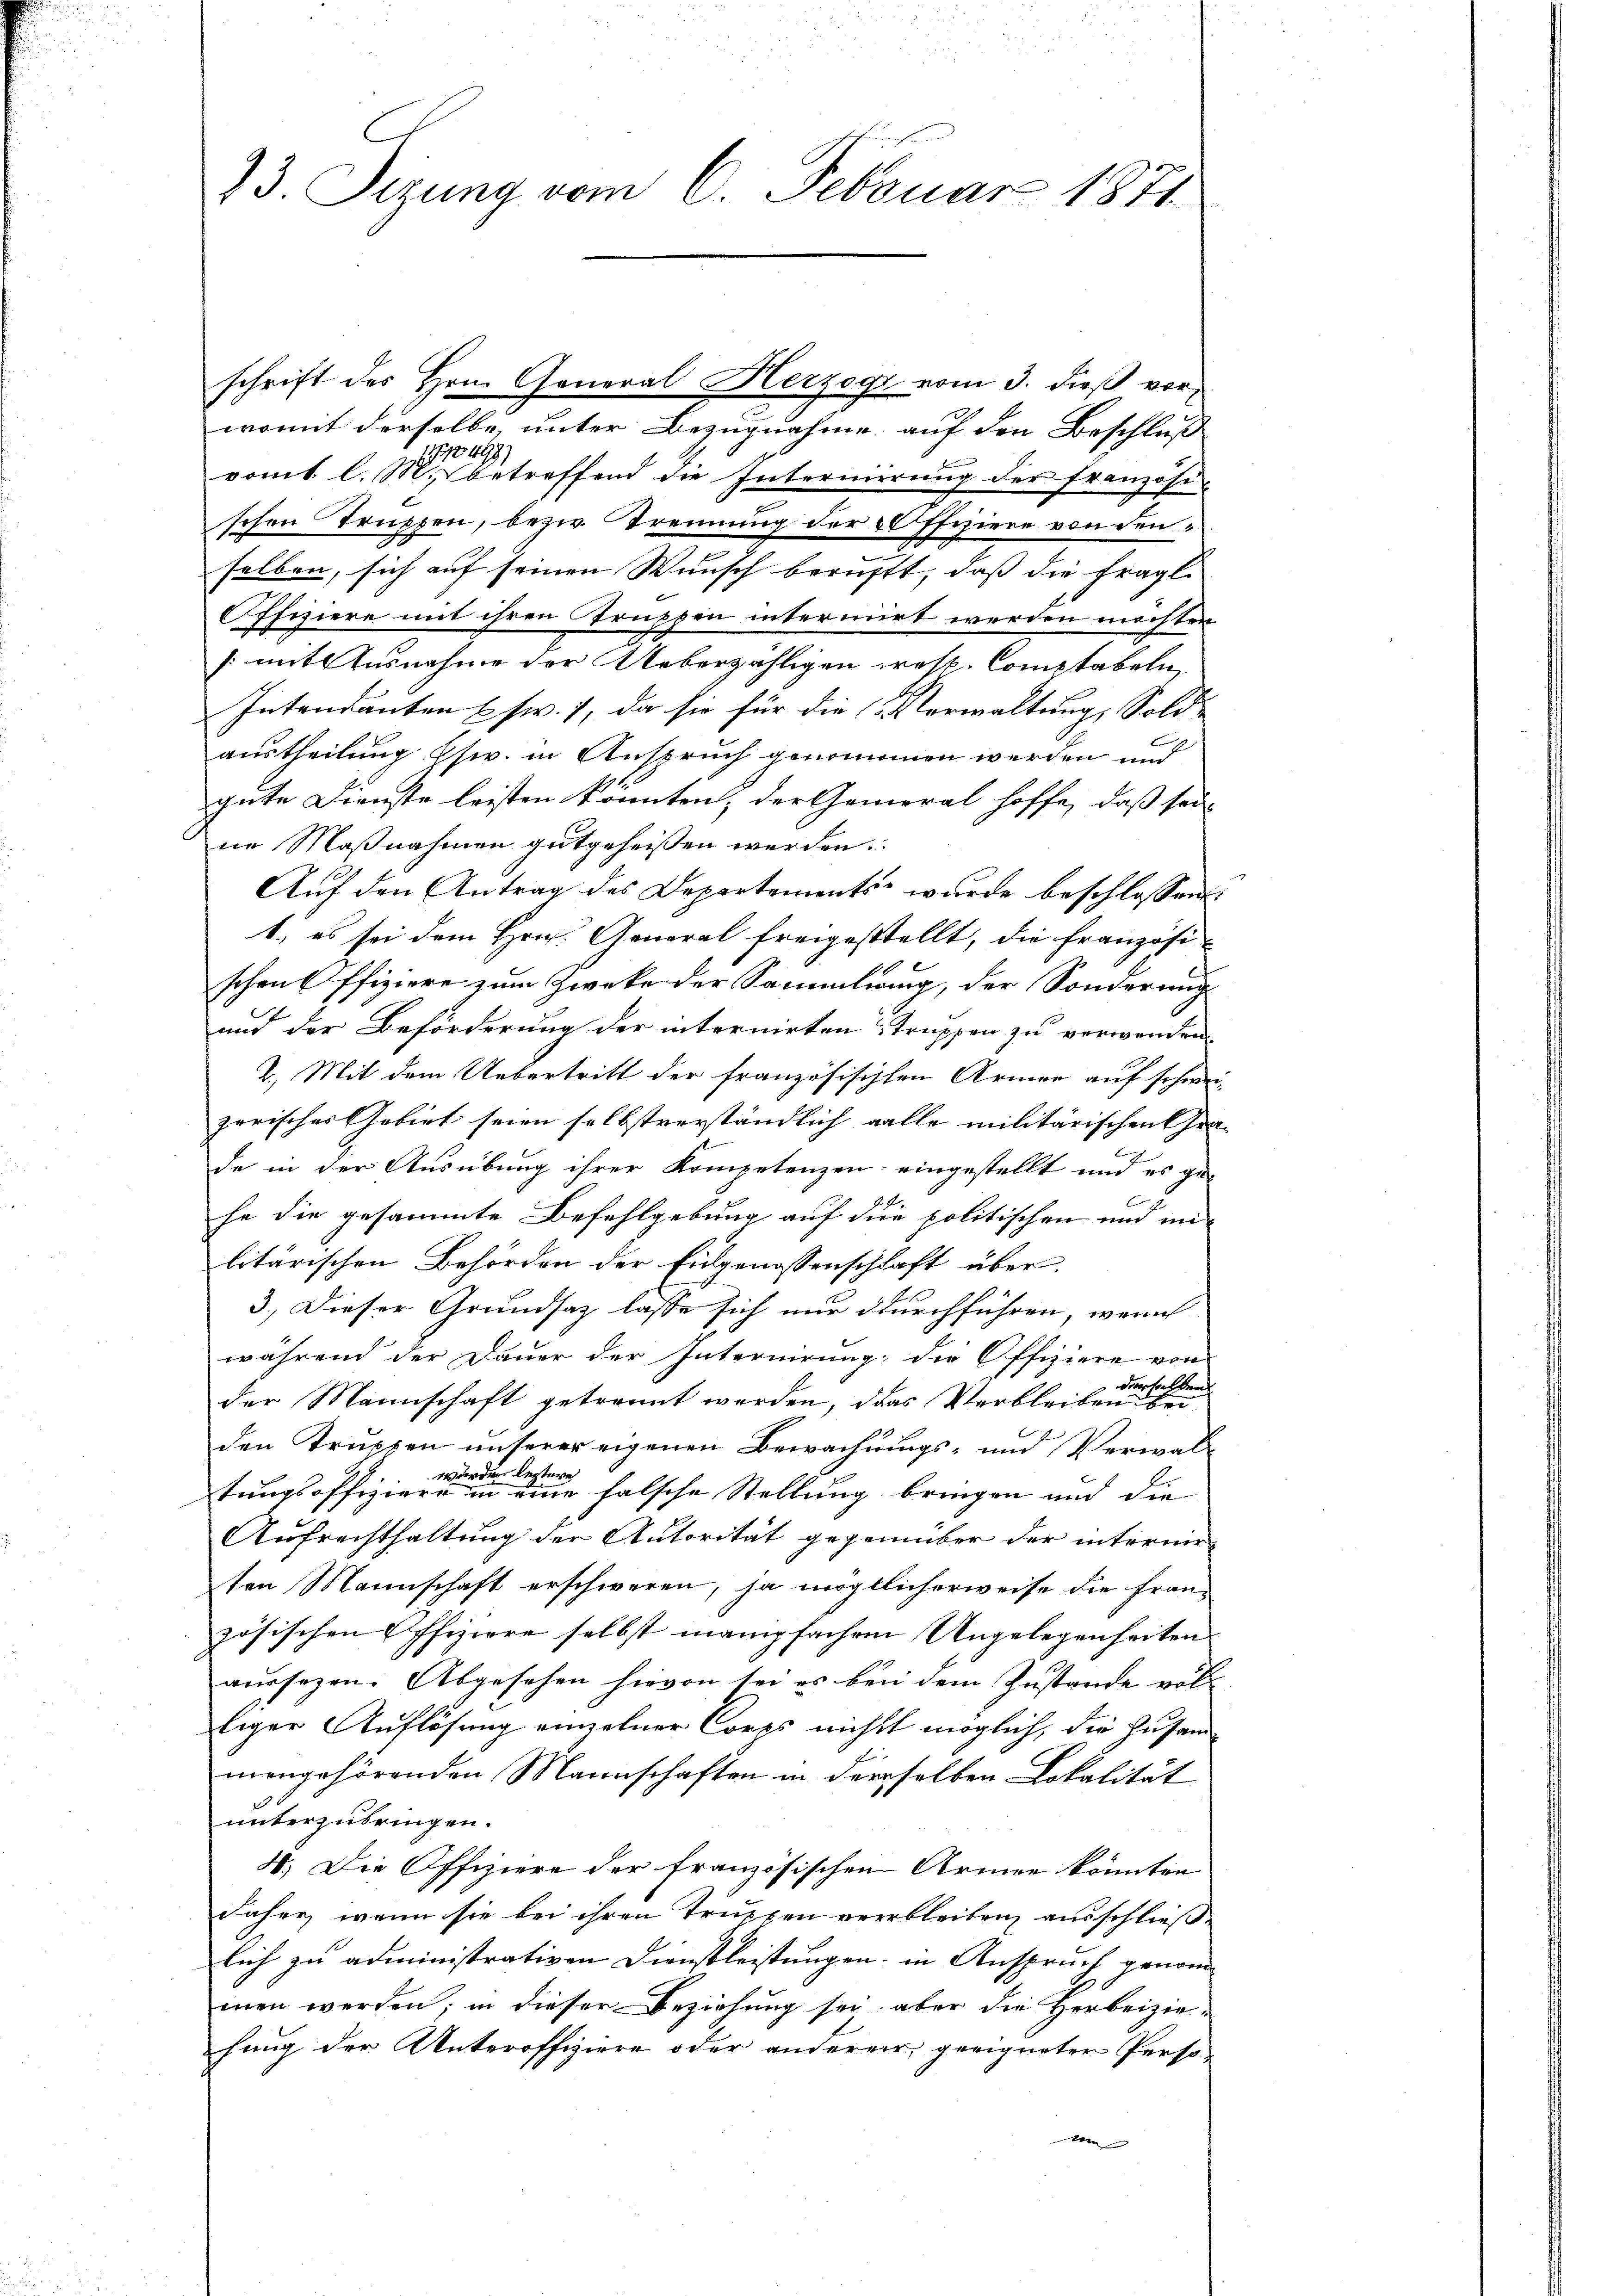
73. Sizung vom 6. Februar 1871

womit derselbe, unter Bezugnahme auf den Beschluß
1/10 499
vomt l. M. betreffend die Internierung der französi
schen Truppen, bezw. Trennung der Offiziere von denselben, sich auf seinen Wunsch beruht, daß die fragl.
Offiziere mit ihren Truppen intermirt werden möchten
s mit Ausnahme der Ueberzähligen resp. Comptabeln,
Intendanten usw. 7, da sie für die Verwaltung, Sold
austheilung Esw. in Anspruch genommen werden und
gute Dienste leisten könnten, der General hoffe, daß sein
ne Maßnahmen gutgeheissen werden.
Auf den Antrag des Departements wurde beschlossen:
1., es sei dem Hrn. General freigestellt, die französi-
schenk ffiziere zum Zwecke der Sammlung, der Sonderung
und der Beförderung der internirten Truppen zu verwenden
2.) Mit dem Uebertritt der französischen Armen auf schwer-
zerisches Gebiet seien selbstverständlich alle militärischen Gra- |
de in der Ausübung ihrer Kompetenzen eingestellt und es gehe die gesammte Befehlgebung auf die politischen und mi-
litärischen Behörden der Eidgenossenschlaft über¬
3.) Dieser Grundsaz lasse sich nur durchführen, weni
während der Dauer der Internirung die Offiziere von
der Mannschaft getrannt werden, das Verbleibe dahe
den Truppen unterer eigenen Bewachungs- und Verwalworden leztere
tungsoffiziere in eine falsche Stellung bringen und die
Aufrechthaltung der Autorität gegenüber der interme
ten Mannschaft erschweren, ja mögtlicherweise die Französischen Effiziere selbst manpfachen Angelegenheiten
aussezen. Abgesehen hievon sei es bei dem Zustande vollliger Auflösung einzelner Corps nichts möglich, die Zusammengehörenden Mannschaften in derselben Lokalität
unterzubringen.
8. Die Offiziere der französischen Armen könnten
daher, wenn sie bei ihren Truppen verbleiben, ausschließe
lich zu administrativen Dienstleistungen in Anspruch genommen werden; in dieser Beziehung sei, aber die Herbeizie-
hung der Unteroffiziere oder anderer geeigneter Perso-
tem

schrift des Hrn. General Herzogi vom 3. dieß vor¬